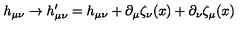
h _ { \mu \nu } \rightarrow h _ { \mu \nu } ^ { \prime } = h _ { \mu \nu } + \partial _ { \mu } \zeta _ { \nu } ( x ) + \partial _ { \nu } \zeta _ { \mu } ( x )